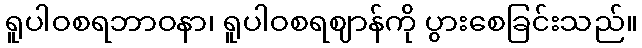
ရူပါဝစရဘာဝနာ၊ ရူပါဝစရဈာန်ကို ပွားစေခြင်းသည်။